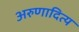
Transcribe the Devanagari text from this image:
अरुणादित्य